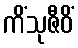
ကိံသုဇီဝိံ